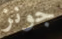
جونز